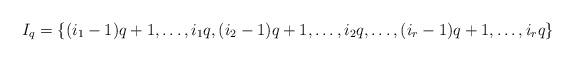
LaTeX: \begin{align*}I_q=\{(i_1-1)q+1,\ldots,i_1q,(i_2-1)q+1,\ldots,i_2q,\ldots,(i_r-1)q+1,\ldots,i_rq\}\end{align*}